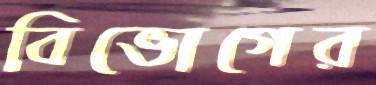
বিভোগের